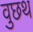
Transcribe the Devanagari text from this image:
वुछथ